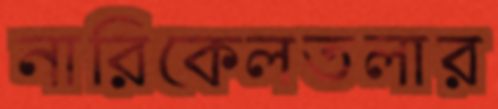
নারিকেলতলার